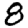
Digit: 8